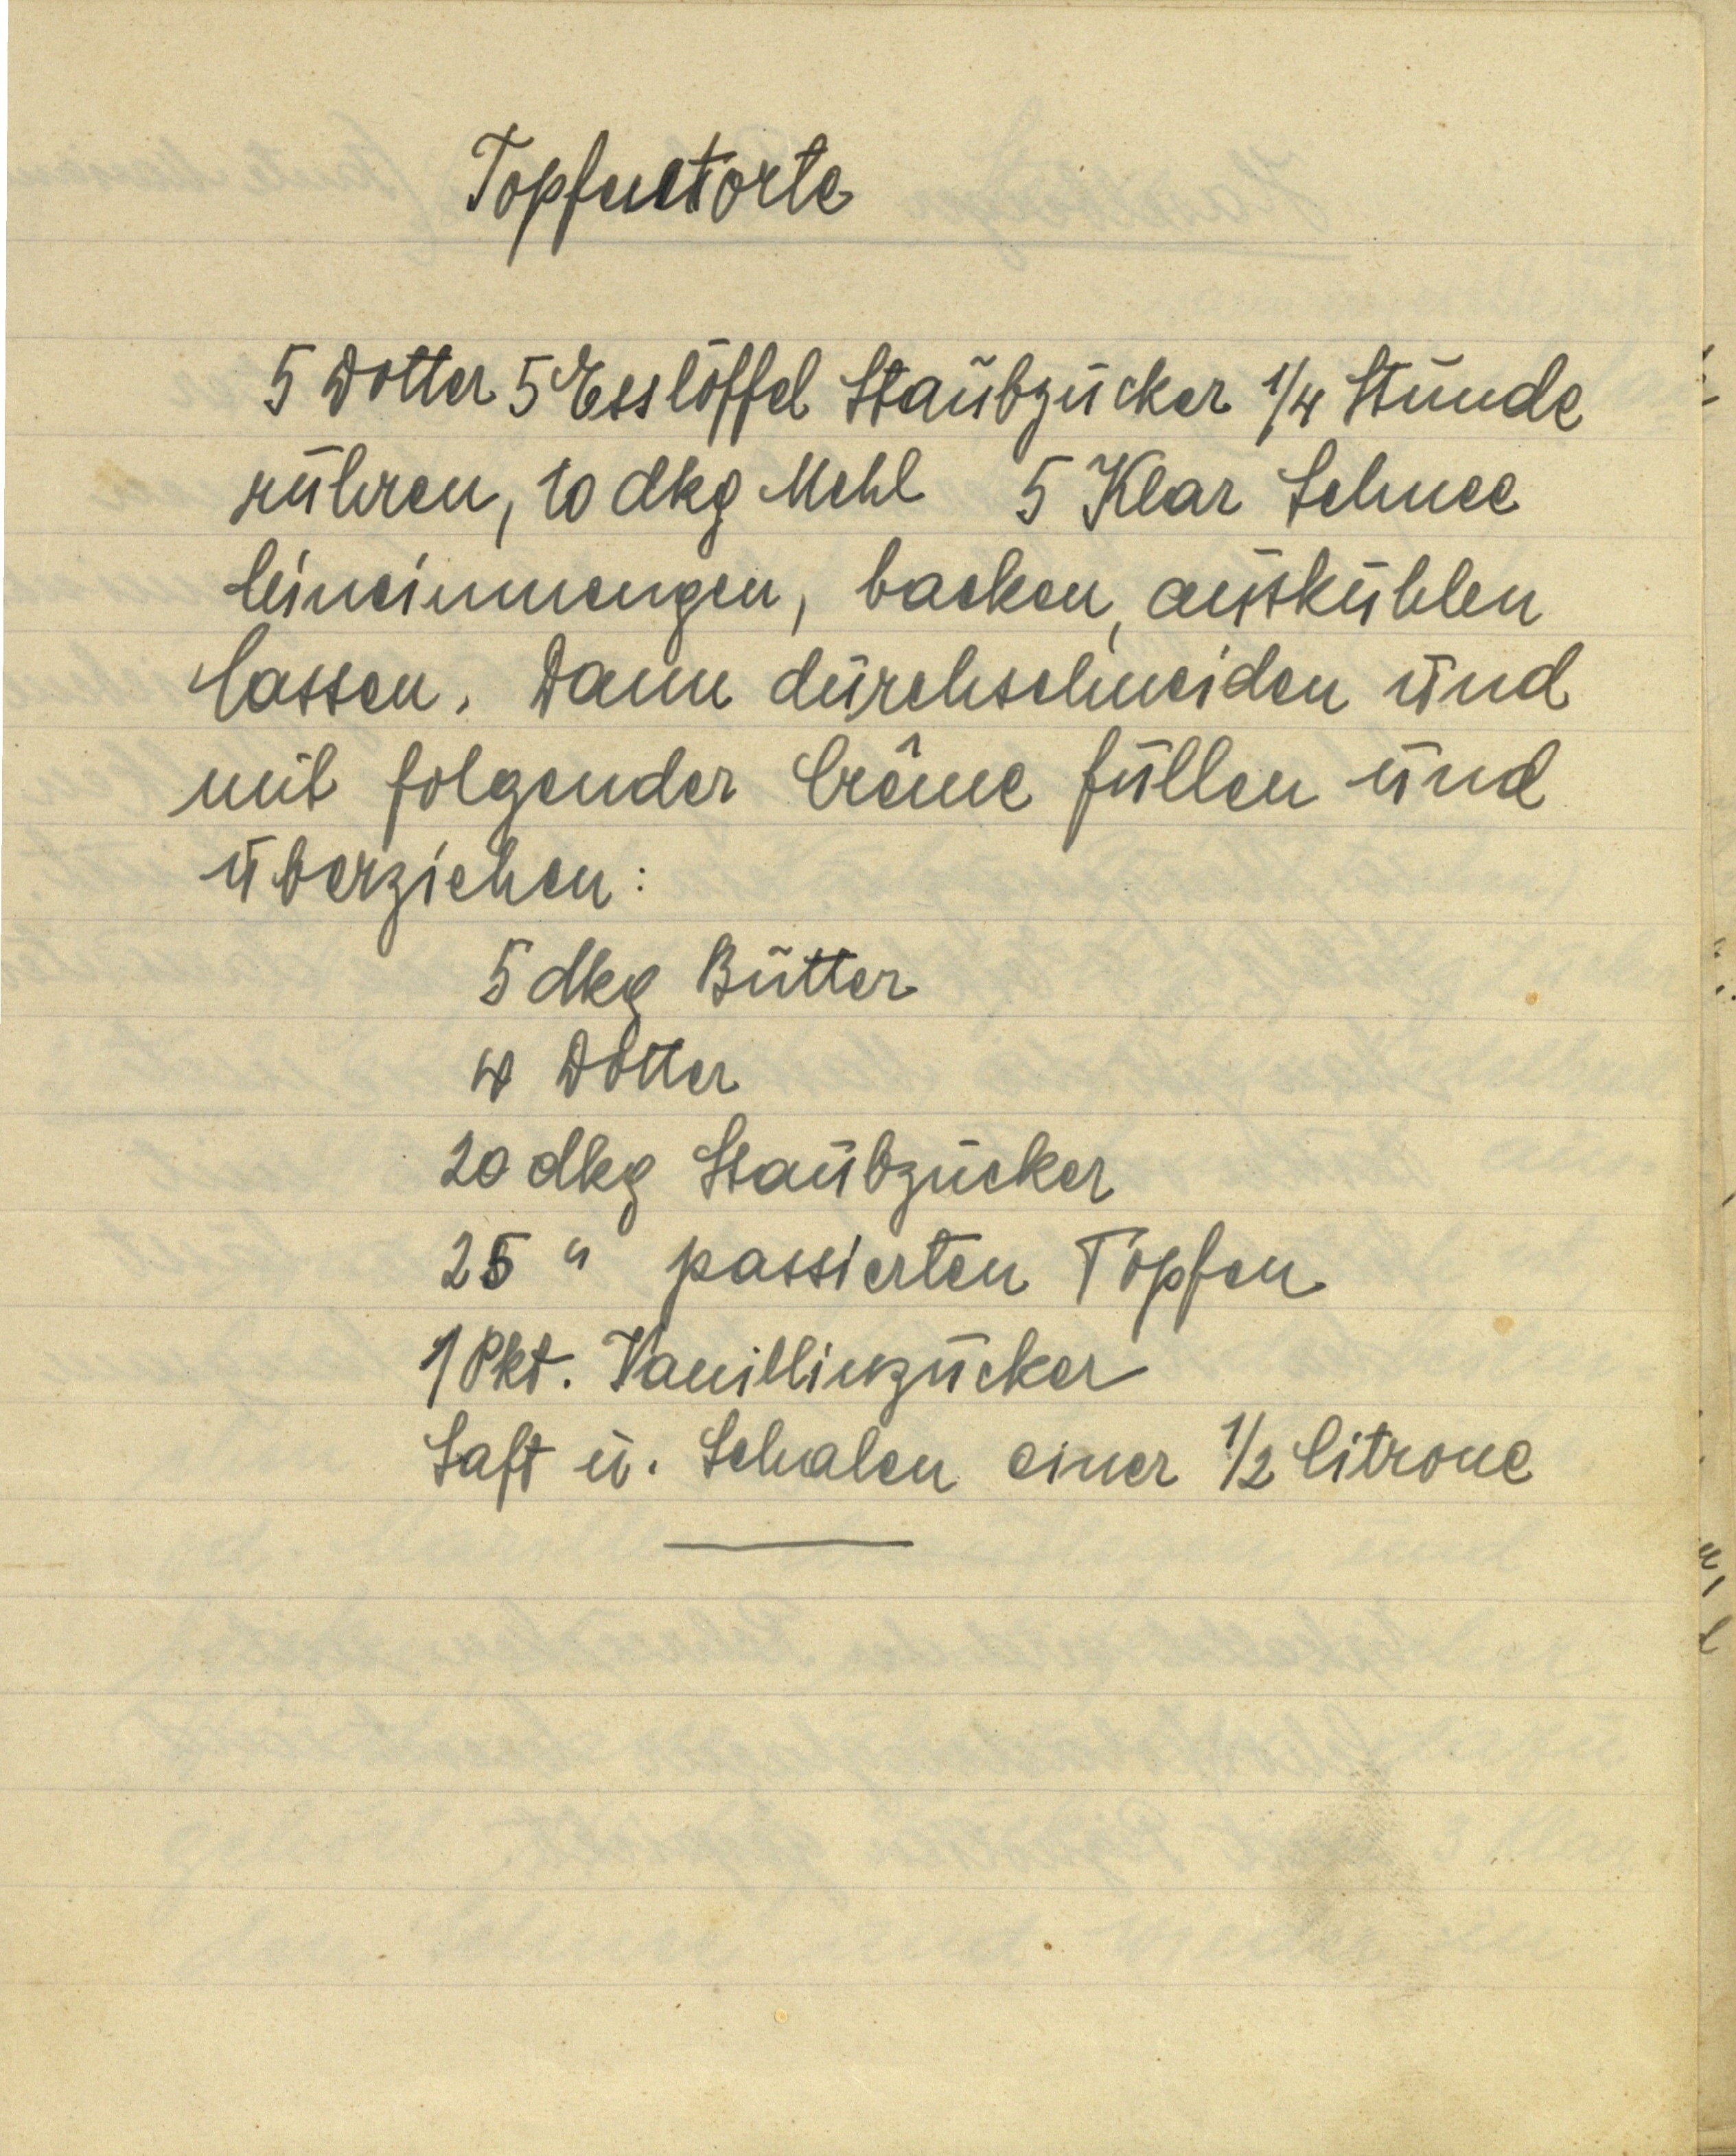
Topfentorte

5 Dotter 5 Esslöffel Staubzucker ¼ Stunde
rühren, 10 dkg Mehl 5 Klar Schnee
hineinmengen, backen, auskühlen
lassen, dann durchschneiden und
mit folgender Crême füllen und

überziehen:
5 dkg Butter
4 Dotter
20 dkg Staubzucker
25  " passierten Topfen
1 Pkt. Vanillinzucker
Saft u. Schalen einer ½ Citrone